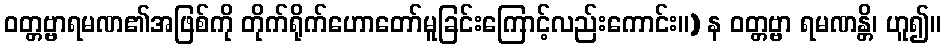
ဝတ္တဗ္ဗာရမဏ၏အဖြစ်ကို တိုက်ရိုက်ဟောတော်မူခြင်းကြောင့်လည်းကောင်း။) န ဝတ္တဗ္ဗာ ရမဏန္တိ၊ ဟူ၍။